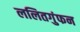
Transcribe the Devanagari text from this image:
ललितगुंफन